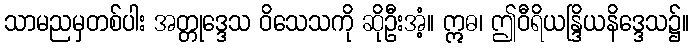
သာမညမှတစ်ပါး အတ္တုဒ္ဒေသ ဝိသေသကို ဆိုဦးအံ့။ ဣဓ၊ ဤဝီရိယန္ဒြိယနိဒ္ဒေသ၌။